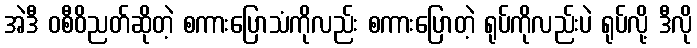
အဲဒီ ဝစီဝိညတ်ဆိုတဲ့ စကားပြောသံကိုလည်း စကားပြောတဲ့ ရုပ်ကိုလည်းပဲ ရုပ်လို့ ဒီလို